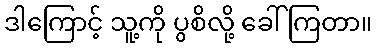
ဒါကြောင့် သူ့ကို ပွစိလို့ ခေါ်ကြတာ။